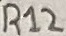
Text: R12